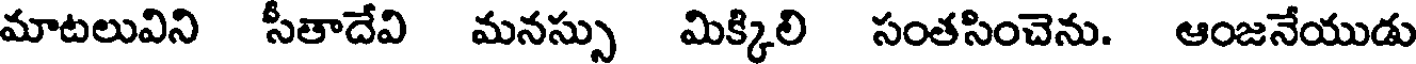
మాటలువిని సీతాదేవి మనస్సు మిక్కిలి సంతసించెను. ఆంజనేయుడు